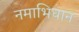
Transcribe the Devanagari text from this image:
नमाभिधान